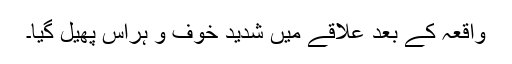
واقعہ کے بعد علاقے میں شدید خوف و ہراس پھیل گیا۔